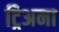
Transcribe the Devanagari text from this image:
ट्रिअना